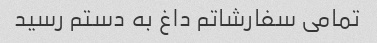
تمامی سفارشاتم داغ به دستم رسید